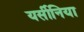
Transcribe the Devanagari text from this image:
यर्सीनिया